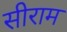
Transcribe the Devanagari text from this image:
सीराम